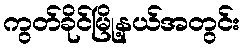
ကွတ်ခိုင်မြို့နယ်အတွင်း